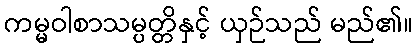
ကမ္မဝါစာသမ္ပတ္တိနှင့် ယှဉ်သည် မည်၏။